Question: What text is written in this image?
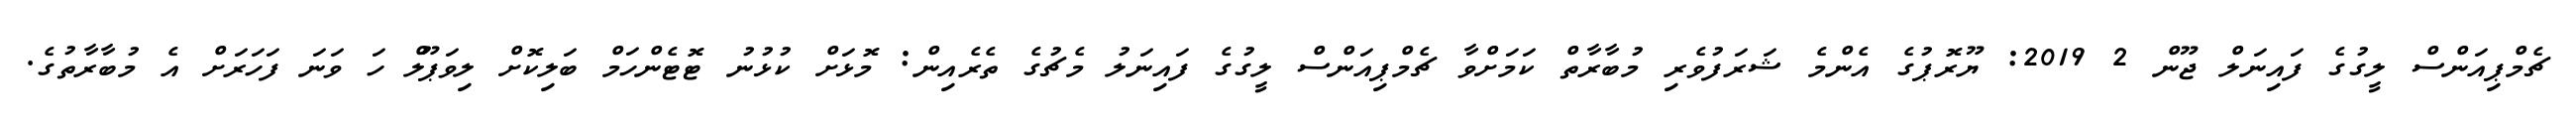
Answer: ޗެމްޕިއަންސް ލީގުގެ ފައިނަލް ޖޫން 2 2019: ޔޫރޮޕުގެ އެންމެ ޝަރަފުވެރި މުބާރާތް ކަމަށްވާ ޗެމްޕިއަންސް ލީގުގެ ފައިނަލު މެޗުގެ ތެރެއިން: މޮޅަށް ކުޅުނު ޓޮޓެންހަމް ބަލިކޮށް ލިވަޕޫލް ހަ ވަނަ ފަހަރަށް އެ މުބާރާތުގެ.